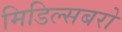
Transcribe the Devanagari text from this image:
मिडिल्सबरो